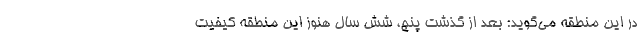
در این منطقه می‌گوید: بعد از گذشت پنج، شش سال هنوز این منطقه کیفیت